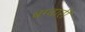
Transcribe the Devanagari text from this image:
बम्बारी